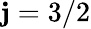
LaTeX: \mathbf{j}=3/2